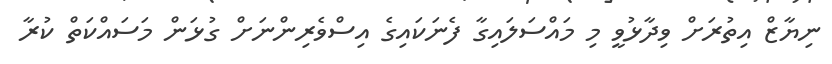
ނިޔާޒް އިތުރަށް ވިދާޅުވީ މި މައްސަލައިގާ ފެނަކައިގެ އިސްވެރިންނަށް ގުޅަން މަސައްކަތް ކުރާ